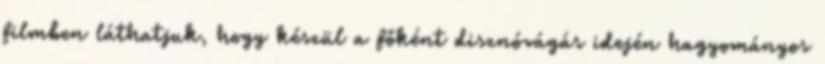
filmben láthatjuk, hogy készül a főként disznóvágás idején hagyományos